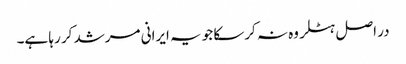
در اصل ہٹلر وه نہ کرسکا جو یہ ایرانی مرشد کر رہا ہے۔